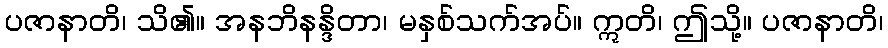
ပဇာနာတိ၊ သိ၏။ အနဘိနန္ဒိတာ၊ မနှစ်သက်အပ်။ ဣတိ၊ ဤသို့။ ပဇာနာတိ၊